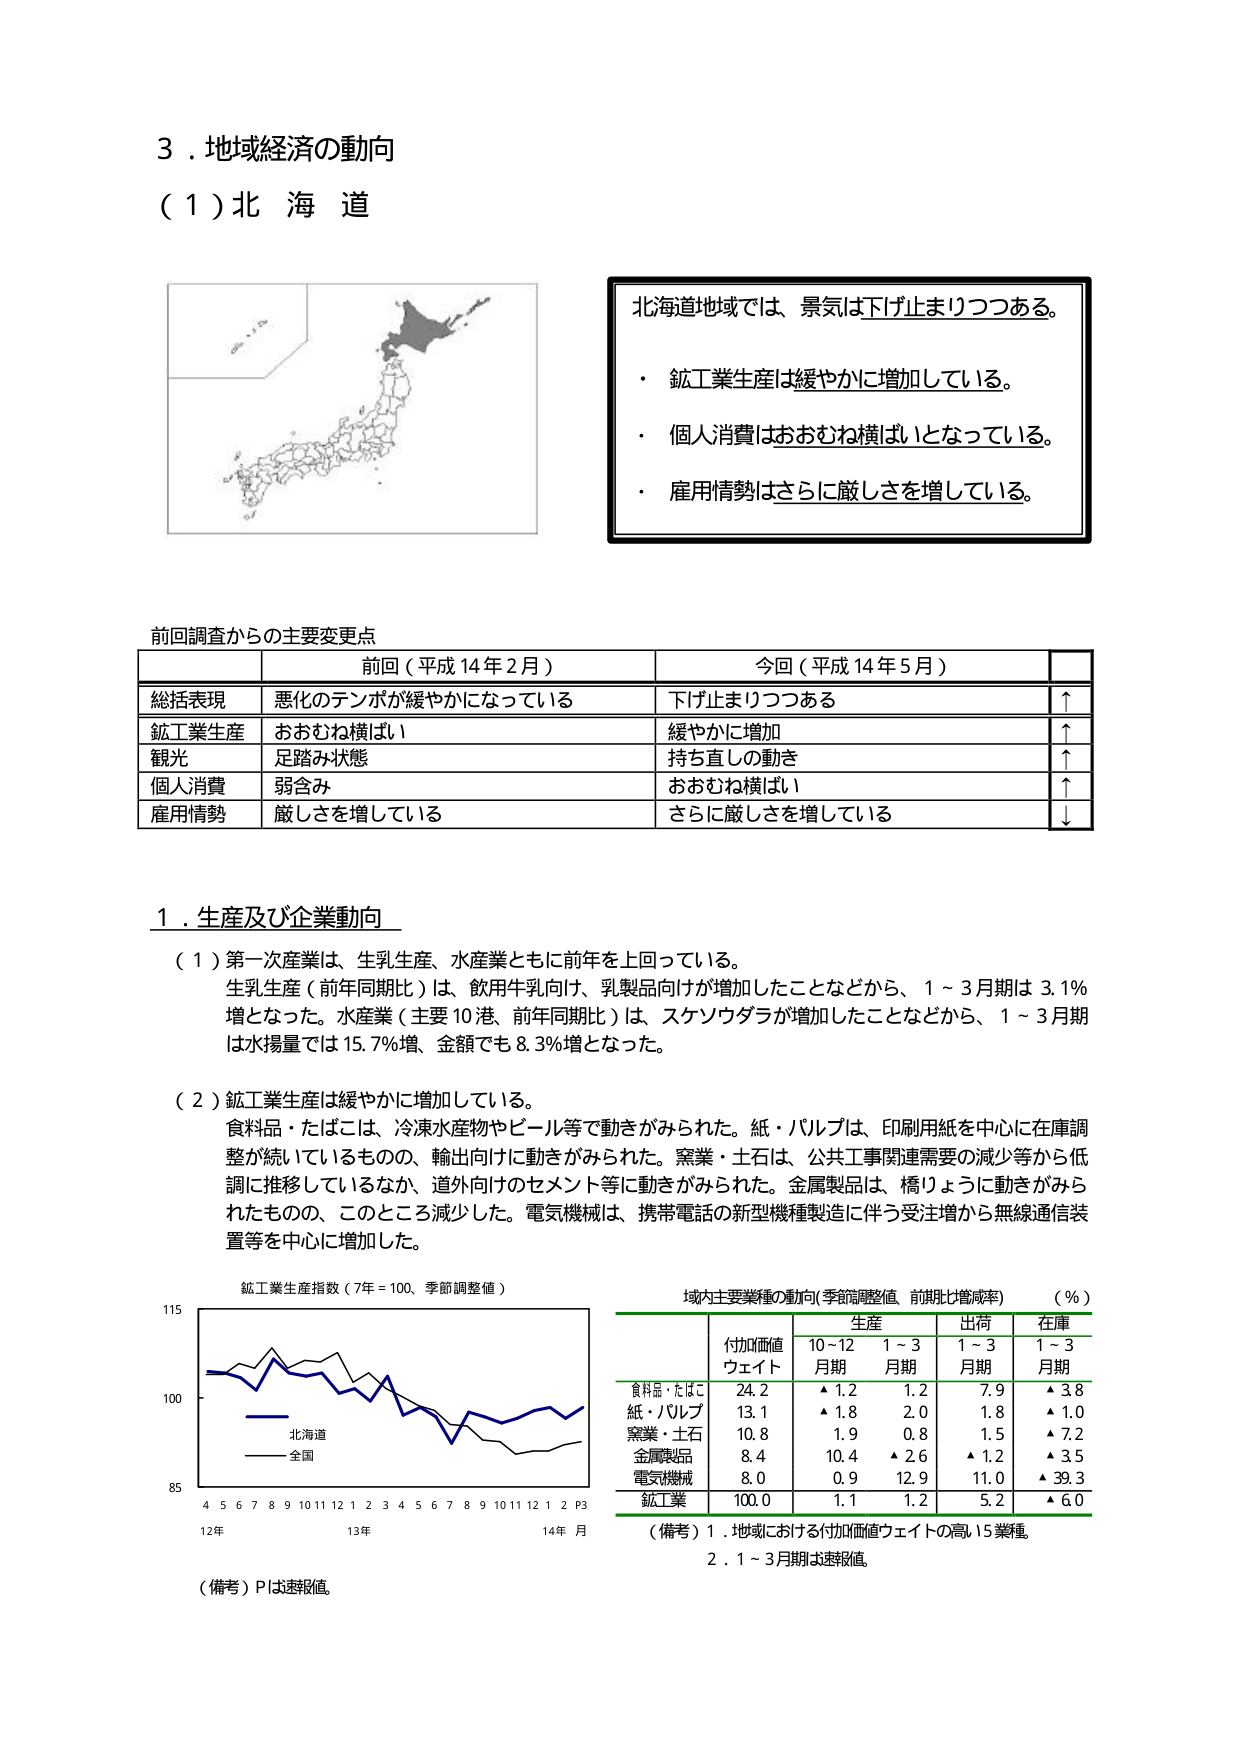
３．地域経済の動向
（１）北海道

北海道地域では、景気は下げ止まりつつある。
・ 鉱工業生産は緩やかに増加している。
・ 個人消費はおおむね横ばいとなっている。
・ 雇用情勢はさらに厳しさを増している。

前回調査からの主要変更点
| | 前回（平成14年2月） | 今回（平成14年5月） | |
|---|---|---|---|
| 総括表現 | 悪化のテンポが緩やかになっている | 下げ止まりつつある | ↑ |
| 鉱工業生産 | おおむね横ばい | 緩やかに増加 | ↑ |
| 観光 | 足踏み状態 | 持ち直しの動き | ↑ |
| 個人消費 | 弱含み | おおむね横ばい | ↑ |
| 雇用情勢 | 厳しさを増している | さらに厳しさを増している | ↓ |

１．生産及び企業動向
（１）第一次産業は、生乳生産、水産業ともに前年を上回っている。
生乳生産（前年同月比）は、飲用牛乳向け、乳製品向けが増加したことなどから、１～３月期は3.1％増となった。水産業（主要10港、前年同月比）は、スケソウダラが増加したことなどから、１～３月期は水揚量では15.7％増、金額でも8.3％増となった。

（２）鉱工業生産は緩やかに増加している。
食料品・たばこは、冷凍水産物やビール等で動きがみられた。紙・パルプは、印刷用紙を中心に在庫調整が続いているものの、輸出向けに動きがみられた。窯業・土石は、公共工事関連需要の減少等から低調に推移しているなか、道外向けのセメント等に動きがみられた。金属製品は、橋りょうに動きがみられたものの、このところ減少した。電気機械は、携帯電話の新型機種製造に伴う受注増から無線通信装置等を中心に増加した。

鉱工業生産指数（7年＝100、季節調整値）
（備考）Ｐは速報値。

域内主要業種の動向（季節調整値、前期比増減率）（％）
| | 付加価値ウェイト | 生産 | 出荷 | 在庫 |
|---|---|---|---|---|
| | | 10～12月期 | 1～3月期 | 1～3月期 | 1～3月期 |
| 食料品・たばこ | 24.2 | ▲1.2 | 1.2 | 7.9 | ▲3.8 |
| 紙・パルプ | 13.1 | ▲1.8 | 2.0 | 1.8 | ▲1.0 |
| 窯業・土石 | 10.8 | 1.9 | 0.8 | 1.5 | ▲7.2 |
| 金属製品 | 8.4 | 10.4 | ▲2.6 | ▲1.2 | ▲3.5 |
| 電気機械 | 8.0 | 0.9 | 12.9 | 11.0 | ▲39.3 |
| 鉱工業 | 100.0 | 1.1 | 1.2 | 5.2 | ▲6.0 |

（備考）１．地域における付加価値ウェイトの高い15業種。
　　　　２．1～3月期は速報値。